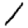
Digit: 1